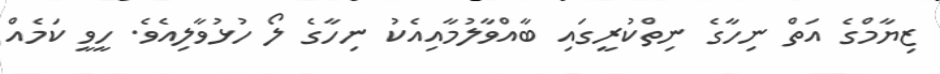
ޒިޔާމްގެ އަތް ނިހާގެ ނިތްކުރީގައި ބާއްވާލުމާއިއެކު ނިހާގެ ލޯ ހުޅުވާލިއެވެ. ހީވީ ކަމެއް